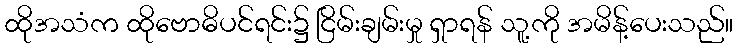
ထိုအသံက ထိုဗောဓိပင်ရင်း၌ ငြိမ်းချမ်းမှု ရှာရန် သူ့ကို အမိန့်ပေးသည်။